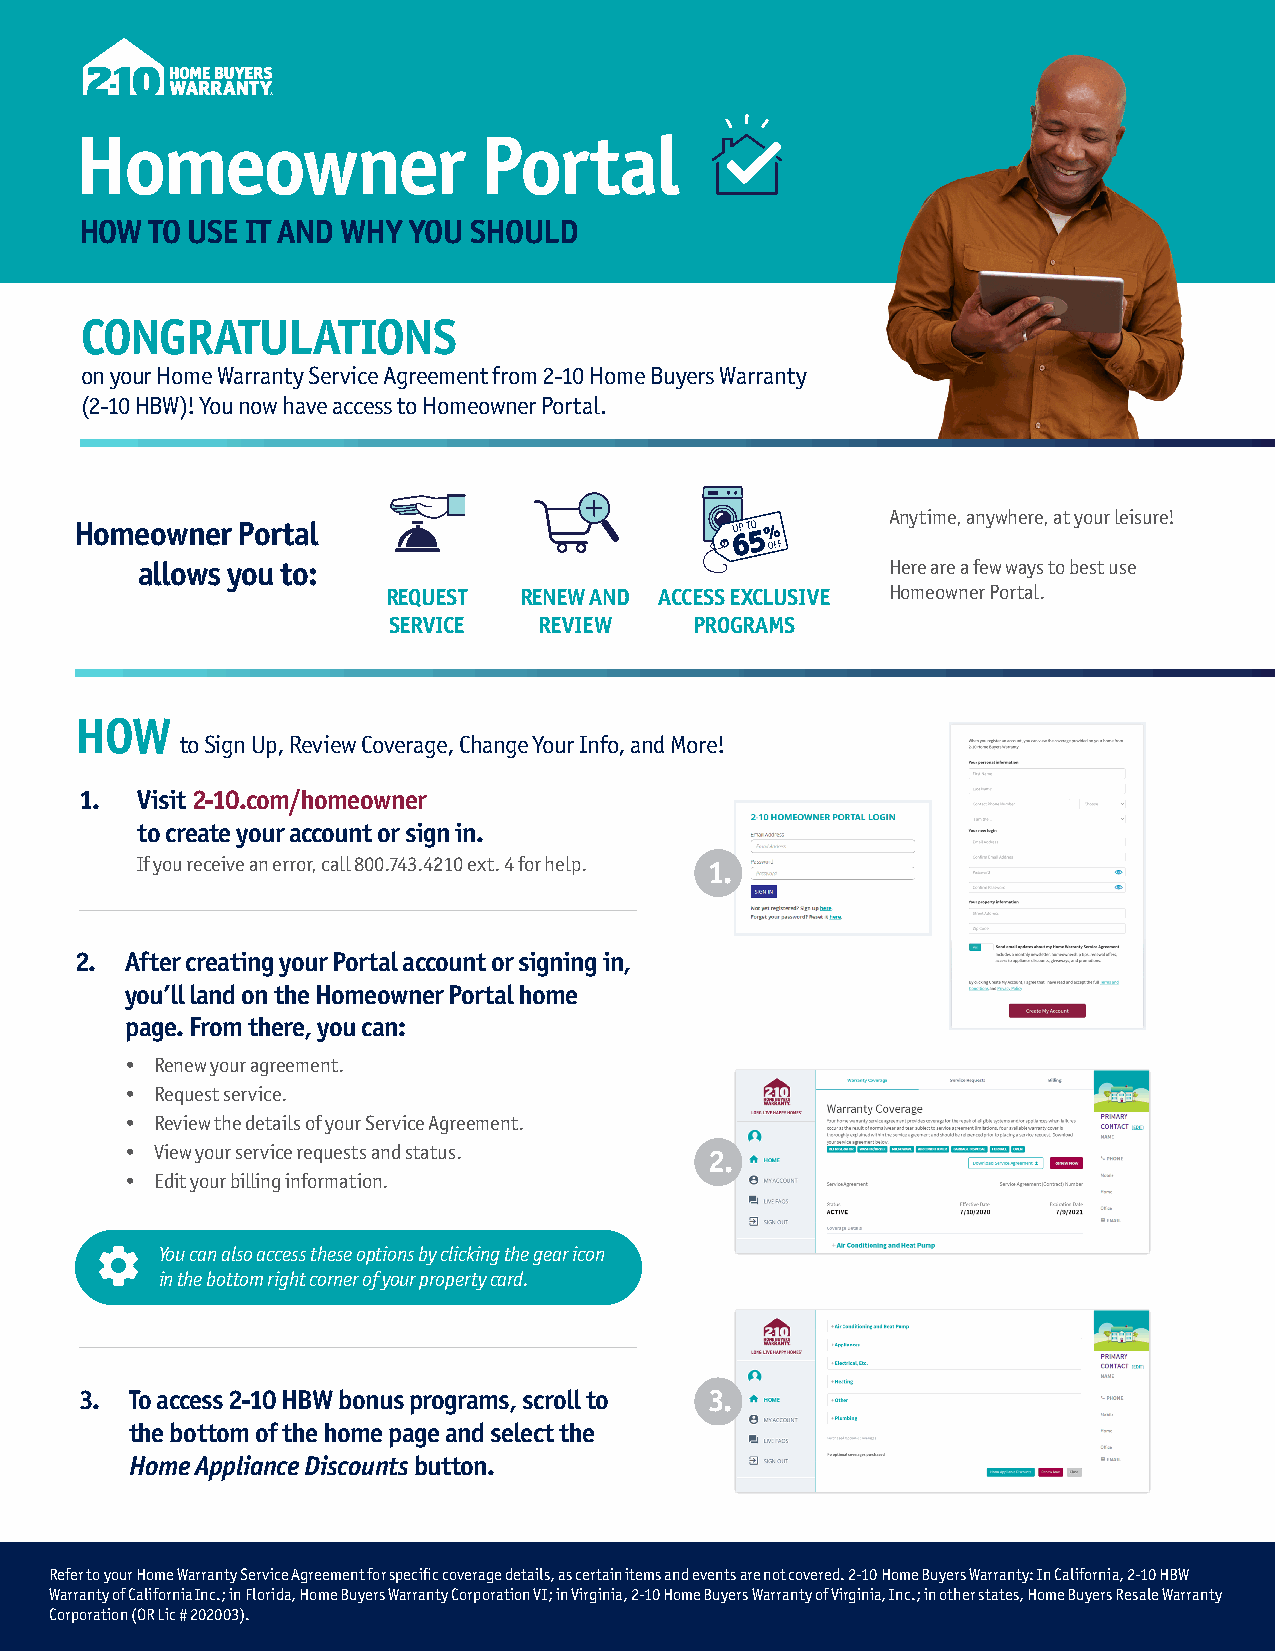
Homeowner                  Portal
 HOW  TO USE IT AND WHY YOU SHOULD
 CONGRATULATIONS
 on your Home Warranty Service Agreement from 2-10 Home Buyers Warranty
 (2-10 HBW)! You now have access to Homeowner Portal.
 Anytime, anywhere, at your leisure!
 Homeowner  Portal
 allows you to:                                    Here are a few ways to best use
 REQUEST RENEW AND ACCESS EXCLUSIVE Homeowner Portal.
 SERVICE   REVIEW    PROGRAMS
 HOW
 to Sign Up, Review Coverage, Change Your Info, and More!
 1.  Visit 2-10.com/homeowner
 to create your account or sign in.
 If you receive an error, call 800.743.4210 ext. 4 for help. 1.
 2. After creating your Portal account or signing in,
 you’ll land on the Homeowner Portal home
 page. From there, you can:
 • Renew your agreement.
 • Request service.
 • Review the details of your Service Agreement.
 • View your service requests and status. 2.
 • Edit your billing information.
 You can also access these options by clicking the gear icon
 in the bottom right corner of your property card.
 3.  To access 2-10 HBW bonus programs, scroll to 3.
 the bottom of the home page and select the
 Home Appliance Discounts button.
 Refer to your Home Warranty Service Agreement for specific coverage details, as certain items and events are not covered. 2-10 Home Buyers Warranty: In California, 2-10 HBW
 Warranty of California Inc.; in Florida, Home Buyers Warranty Corporation VI; in Virginia, 2-10 Home Buyers Warranty of Virginia, Inc.; in other states, Home Buyers Resale Warranty
 Corporation (OR Lic # 202003).